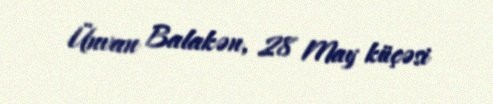
Ünvan Balakən, 28 May küçəsi